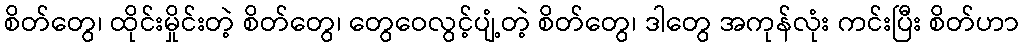
စိတ်တွေ၊ ထိုင်းမှိုင်းတဲ့ စိတ်တွေ၊ တွေဝေလွင့်ပျံ့တဲ့ စိတ်တွေ၊ ဒါတွေ အကုန်လုံး ကင်းပြီး စိတ်ဟာ